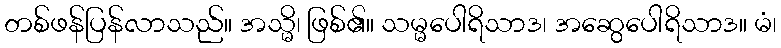
တစ်ဖန်ပြန်လာသည်။ အသ္မိ၊ ဖြစ်၏။ သမ္မပေါရိသာဒ၊ အဆွေပေါရိသာဒ။ မံ၊